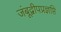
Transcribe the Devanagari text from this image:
जंबूद्वीपप्रज्ञप्ति